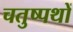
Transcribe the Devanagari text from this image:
चतुष्पथों